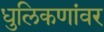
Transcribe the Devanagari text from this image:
धुलिकणांवर